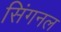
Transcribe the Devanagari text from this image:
सिंगनल